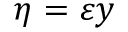
\eta = \varepsilon y